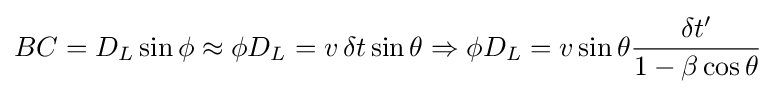
BC=D_{L}\sin \phi \approx \phi D_{L}=v\,\delta t\sin \theta \Rightarrow \phi D_{L}=v\sin \theta {\frac {\delta t'}{1-\beta \cos \theta }}